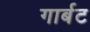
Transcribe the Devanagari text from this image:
गार्बट